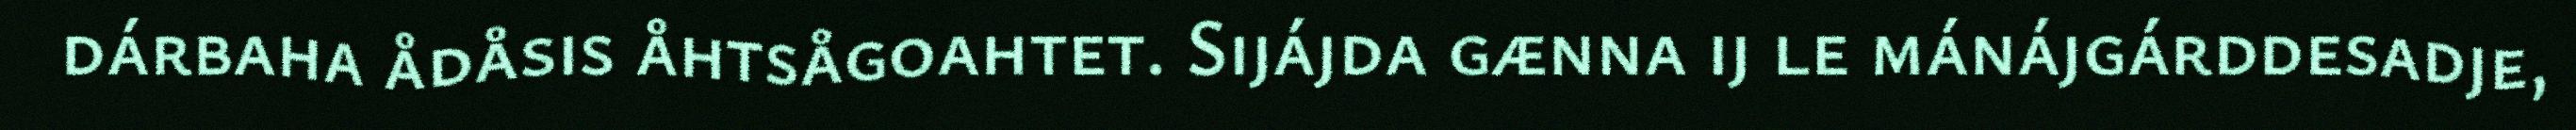
dárbaha ådåsis åhtsågoahtet. Sijájda gænna ij le mánájgárddesadje,